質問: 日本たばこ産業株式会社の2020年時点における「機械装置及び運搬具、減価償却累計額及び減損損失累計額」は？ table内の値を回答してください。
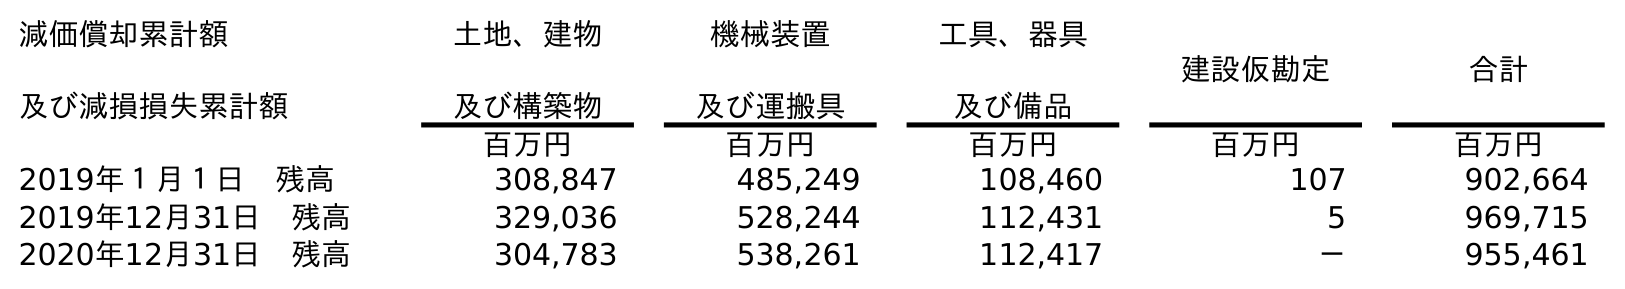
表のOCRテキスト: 減価償却累計額 及び減損損失累計額 土地、建物 及び構築物 機械装置 及び運搬具 工具、器具 及び備品 建設仮勘定 合計 百万円 百万円 百万円 百万円 百万円 2019年１月１日 残高 308,847 485,249 108,460 107 902,664 2019年12月31日 残高 329,036 528,244 112,431 5 969,715 2020年12月31日 残高 304,783 538,261 112,417 － 955,461
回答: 538,261